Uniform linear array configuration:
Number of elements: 48
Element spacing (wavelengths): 0.25
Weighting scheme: cosine
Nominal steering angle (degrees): -45
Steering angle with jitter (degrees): -44.841
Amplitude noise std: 0.05
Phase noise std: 0.05

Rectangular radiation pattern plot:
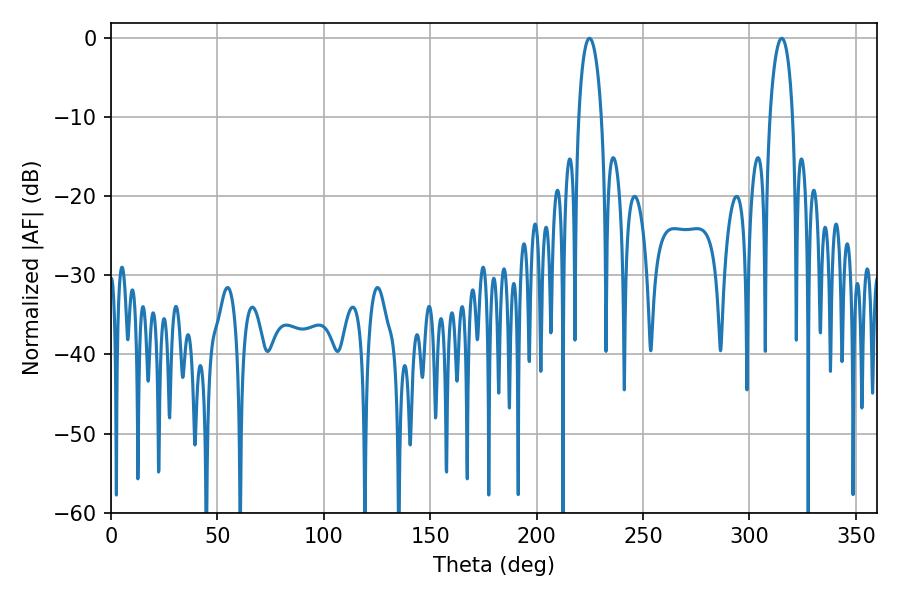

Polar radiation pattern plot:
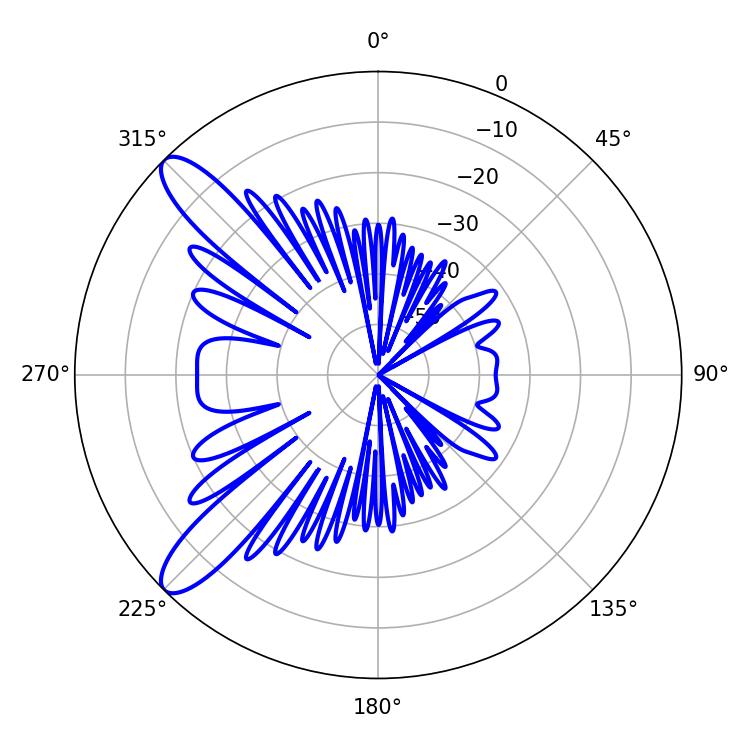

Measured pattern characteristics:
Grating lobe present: FALSE
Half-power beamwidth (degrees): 6.12
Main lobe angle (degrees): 224.82